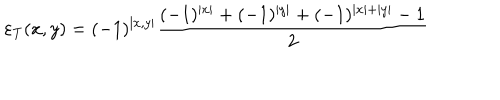
\varepsilon _ { T } ( x , y ) = ( - 1 ) ^ { \left| x , y \right| } \frac { ( - 1 ) ^ { \left| x \right| } + ( - 1 ) ^ { \left| y \right| } + ( - 1 ) ^ { \left| x \right| + \left| y \right| } - 1 } { 2 }